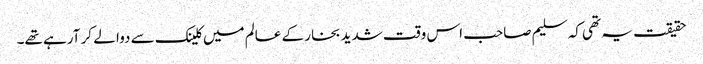
حقیقت یہ تھی کہ سلیم صاحب اس وقت شدید بخار کے عالم میں کلینک سے دوا لے کر آرہے تھے۔